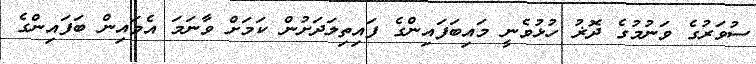
ސުވަރުގެ ވަނުމުގެ ދޮޜު ހުޅުވެނީ މައިބަފައިންގެ ފައިތިލަދަށުން ކަމަށް ވާނަމަ އެމައިން ބަފައިންގެ